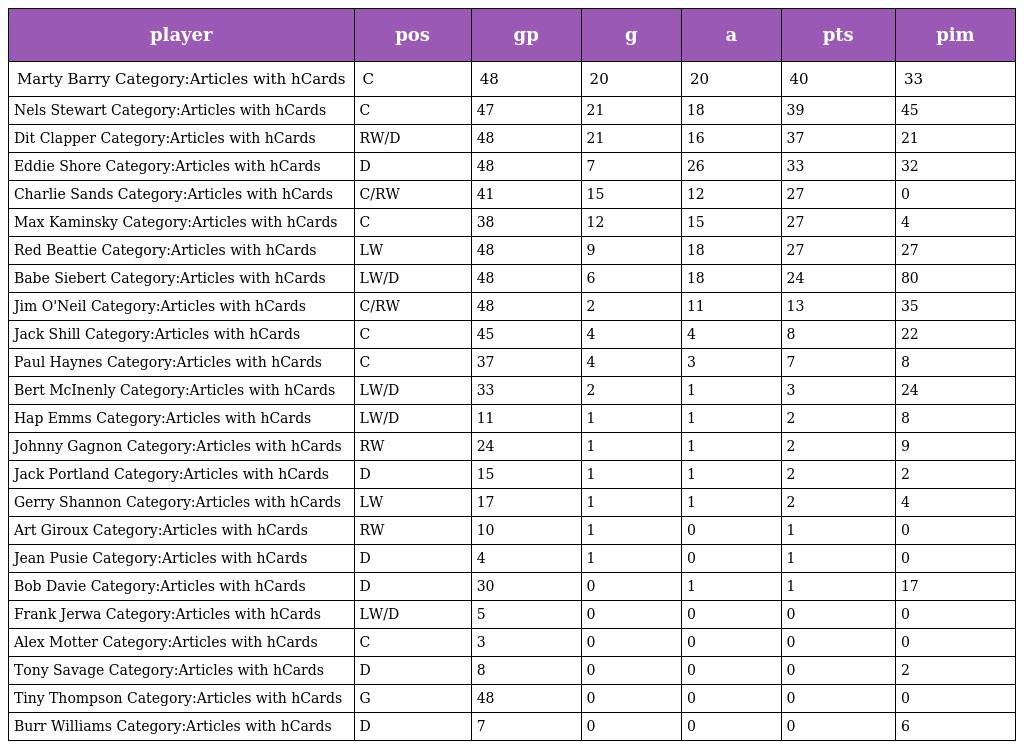
| player | pos | gp | g | a | pts | pim |
 | --- | --- | --- | --- | --- | --- | --- |
 | Marty Barry Category:Articles with hCards | C | 48 | 20 | 20 | 40 | 33 |
 | Nels Stewart Category:Articles with hCards | C | 47 | 21 | 18 | 39 | 45 |
 | Dit Clapper Category:Articles with hCards | RW/D | 48 | 21 | 16 | 37 | 21 |
 | Eddie Shore Category:Articles with hCards | D | 48 | 7 | 26 | 33 | 32 |
 | Charlie Sands Category:Articles with hCards | C/RW | 41 | 15 | 12 | 27 | 0 |
 | Max Kaminsky Category:Articles with hCards | C | 38 | 12 | 15 | 27 | 4 |
 | Red Beattie Category:Articles with hCards | LW | 48 | 9 | 18 | 27 | 27 |
 | Babe Siebert Category:Articles with hCards | LW/D | 48 | 6 | 18 | 24 | 80 |
 | Jim O'Neil Category:Articles with hCards | C/RW | 48 | 2 | 11 | 13 | 35 |
 | Jack Shill Category:Articles with hCards | C | 45 | 4 | 4 | 8 | 22 |
 | Paul Haynes Category:Articles with hCards | C | 37 | 4 | 3 | 7 | 8 |
 | Bert McInenly Category:Articles with hCards | LW/D | 33 | 2 | 1 | 3 | 24 |
 | Hap Emms Category:Articles with hCards | LW/D | 11 | 1 | 1 | 2 | 8 |
 | Johnny Gagnon Category:Articles with hCards | RW | 24 | 1 | 1 | 2 | 9 |
 | Jack Portland Category:Articles with hCards | D | 15 | 1 | 1 | 2 | 2 |
 | Gerry Shannon Category:Articles with hCards | LW | 17 | 1 | 1 | 2 | 4 |
 | Art Giroux Category:Articles with hCards | RW | 10 | 1 | 0 | 1 | 0 |
 | Jean Pusie Category:Articles with hCards | D | 4 | 1 | 0 | 1 | 0 |
 | Bob Davie Category:Articles with hCards | D | 30 | 0 | 1 | 1 | 17 |
 | Frank Jerwa Category:Articles with hCards | LW/D | 5 | 0 | 0 | 0 | 0 |
 | Alex Motter Category:Articles with hCards | C | 3 | 0 | 0 | 0 | 0 |
 | Tony Savage Category:Articles with hCards | D | 8 | 0 | 0 | 0 | 2 |
 | Tiny Thompson Category:Articles with hCards | G | 48 | 0 | 0 | 0 | 0 |
 | Burr Williams Category:Articles with hCards | D | 7 | 0 | 0 | 0 | 6 |